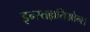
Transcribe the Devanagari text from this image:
इन्स्तल्लतिओन्स